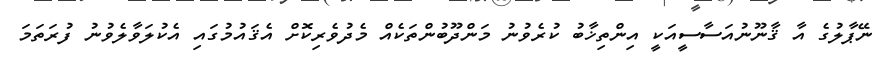
ނޭޕާލުގެ އާ ޤާނޫނުއަސާސީއަކީ އިންތިޚާބު ކުރެވުނު މަންދޫބުންތަކެއް މެދުވެރިކޮށް އެޤައުމުގައި އެކުލަވާލެވުނު ފުރަތަމަ